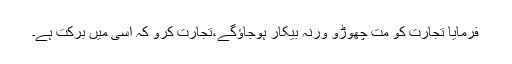
فرمایا تجارت کو مت چھوڑو ورنہ بیکار ہوجاؤگے،تجارت کرو کہ اسی میں برکت ہے۔